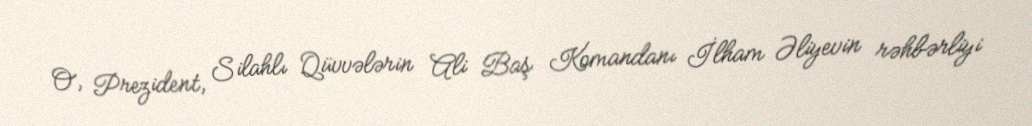
O, Prezident, Silahlı Qüvvələrin Ali Baş Komandanı İlham Əliyevin rəhbərliyi